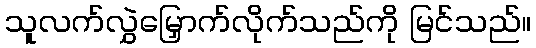
သူလက်လွှဲမြှောက်လိုက်သည်ကို မြင်သည်။